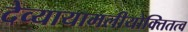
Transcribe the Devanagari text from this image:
देव्यायामलीयोक्तितत्व